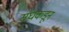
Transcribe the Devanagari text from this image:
संघकडून